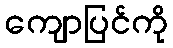
ကျောပြင်ကို